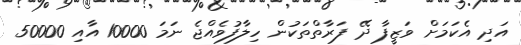
އަދި އެކަމަށް ވަޒީފާ ދޭ ފަރާތްތަކުން ހިލާފުވެއްޖެ ނަމަ 10000 އާއި 50000